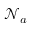
\mathcal { N } _ { a }